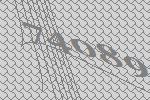
74089